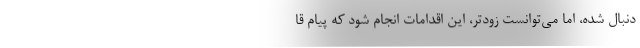
دنبال شده، امّا می‌توانست زودتر، این اقدامات انجام شود که پیام قا